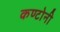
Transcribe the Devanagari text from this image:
कण्टोनी